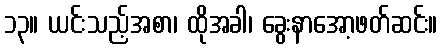
၁၃။ ယင်းသည့်အစာ၊ ထိုအခါ၊ ခွေးနာအော့ဖတ်ဆင်း။